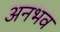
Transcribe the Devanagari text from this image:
अनभव